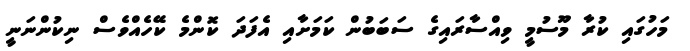
މަހުގައި ކުރާ މޫސުމީ ވިއްސާރައިގެ ސަބަބުން ކަމަށާއި އެފަދަ ކޮންމެ ކޭހެއްވެސް ނިކުންނަނީ